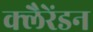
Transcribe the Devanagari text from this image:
क्लैरेंडन